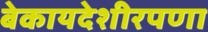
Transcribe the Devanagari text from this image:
बेकायदेशीरपणा